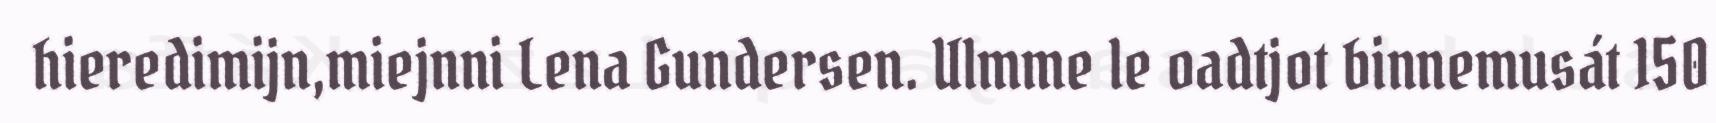
hieredimijn,miejnni Lena Gundersen. Ulmme le oadtjot binnemusát 150